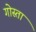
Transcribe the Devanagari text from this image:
गोस्ता